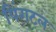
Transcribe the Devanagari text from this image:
पिंगटल